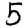
Digit: 5